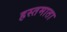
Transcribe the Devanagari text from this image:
हस्तमाता